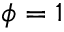
\phi = 1